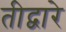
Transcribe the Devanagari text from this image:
तीद्वारे